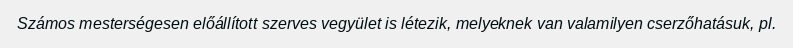
Számos mesterségesen előállított szerves vegyület is létezik, melyeknek van valamilyen cserzőhatásuk, pl.